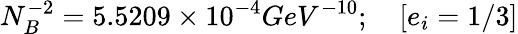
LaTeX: N_{B}^{-2}=5.5209\times 10^{-4}GeV^{-10};\quad[e_{i}=1/3]